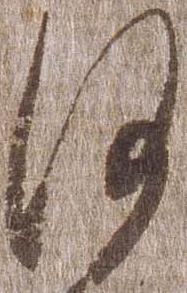
沙